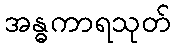
အန္ဓကာရသုတ်